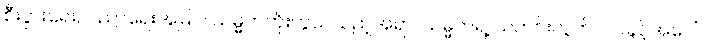
စီးပွားရေး, ပညာရေးအမြင်၊ သမ္မတကိုးကွယ်သည့်အရာ၊ သမ္မတရဲ့ သတင်းလွတ်လပ်ခွင့်အပေါ်